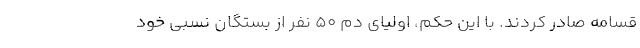
قسامه صادر کردند. با این حکم، اولیای دم ۵۰ نفر از بستگان نسبی خود